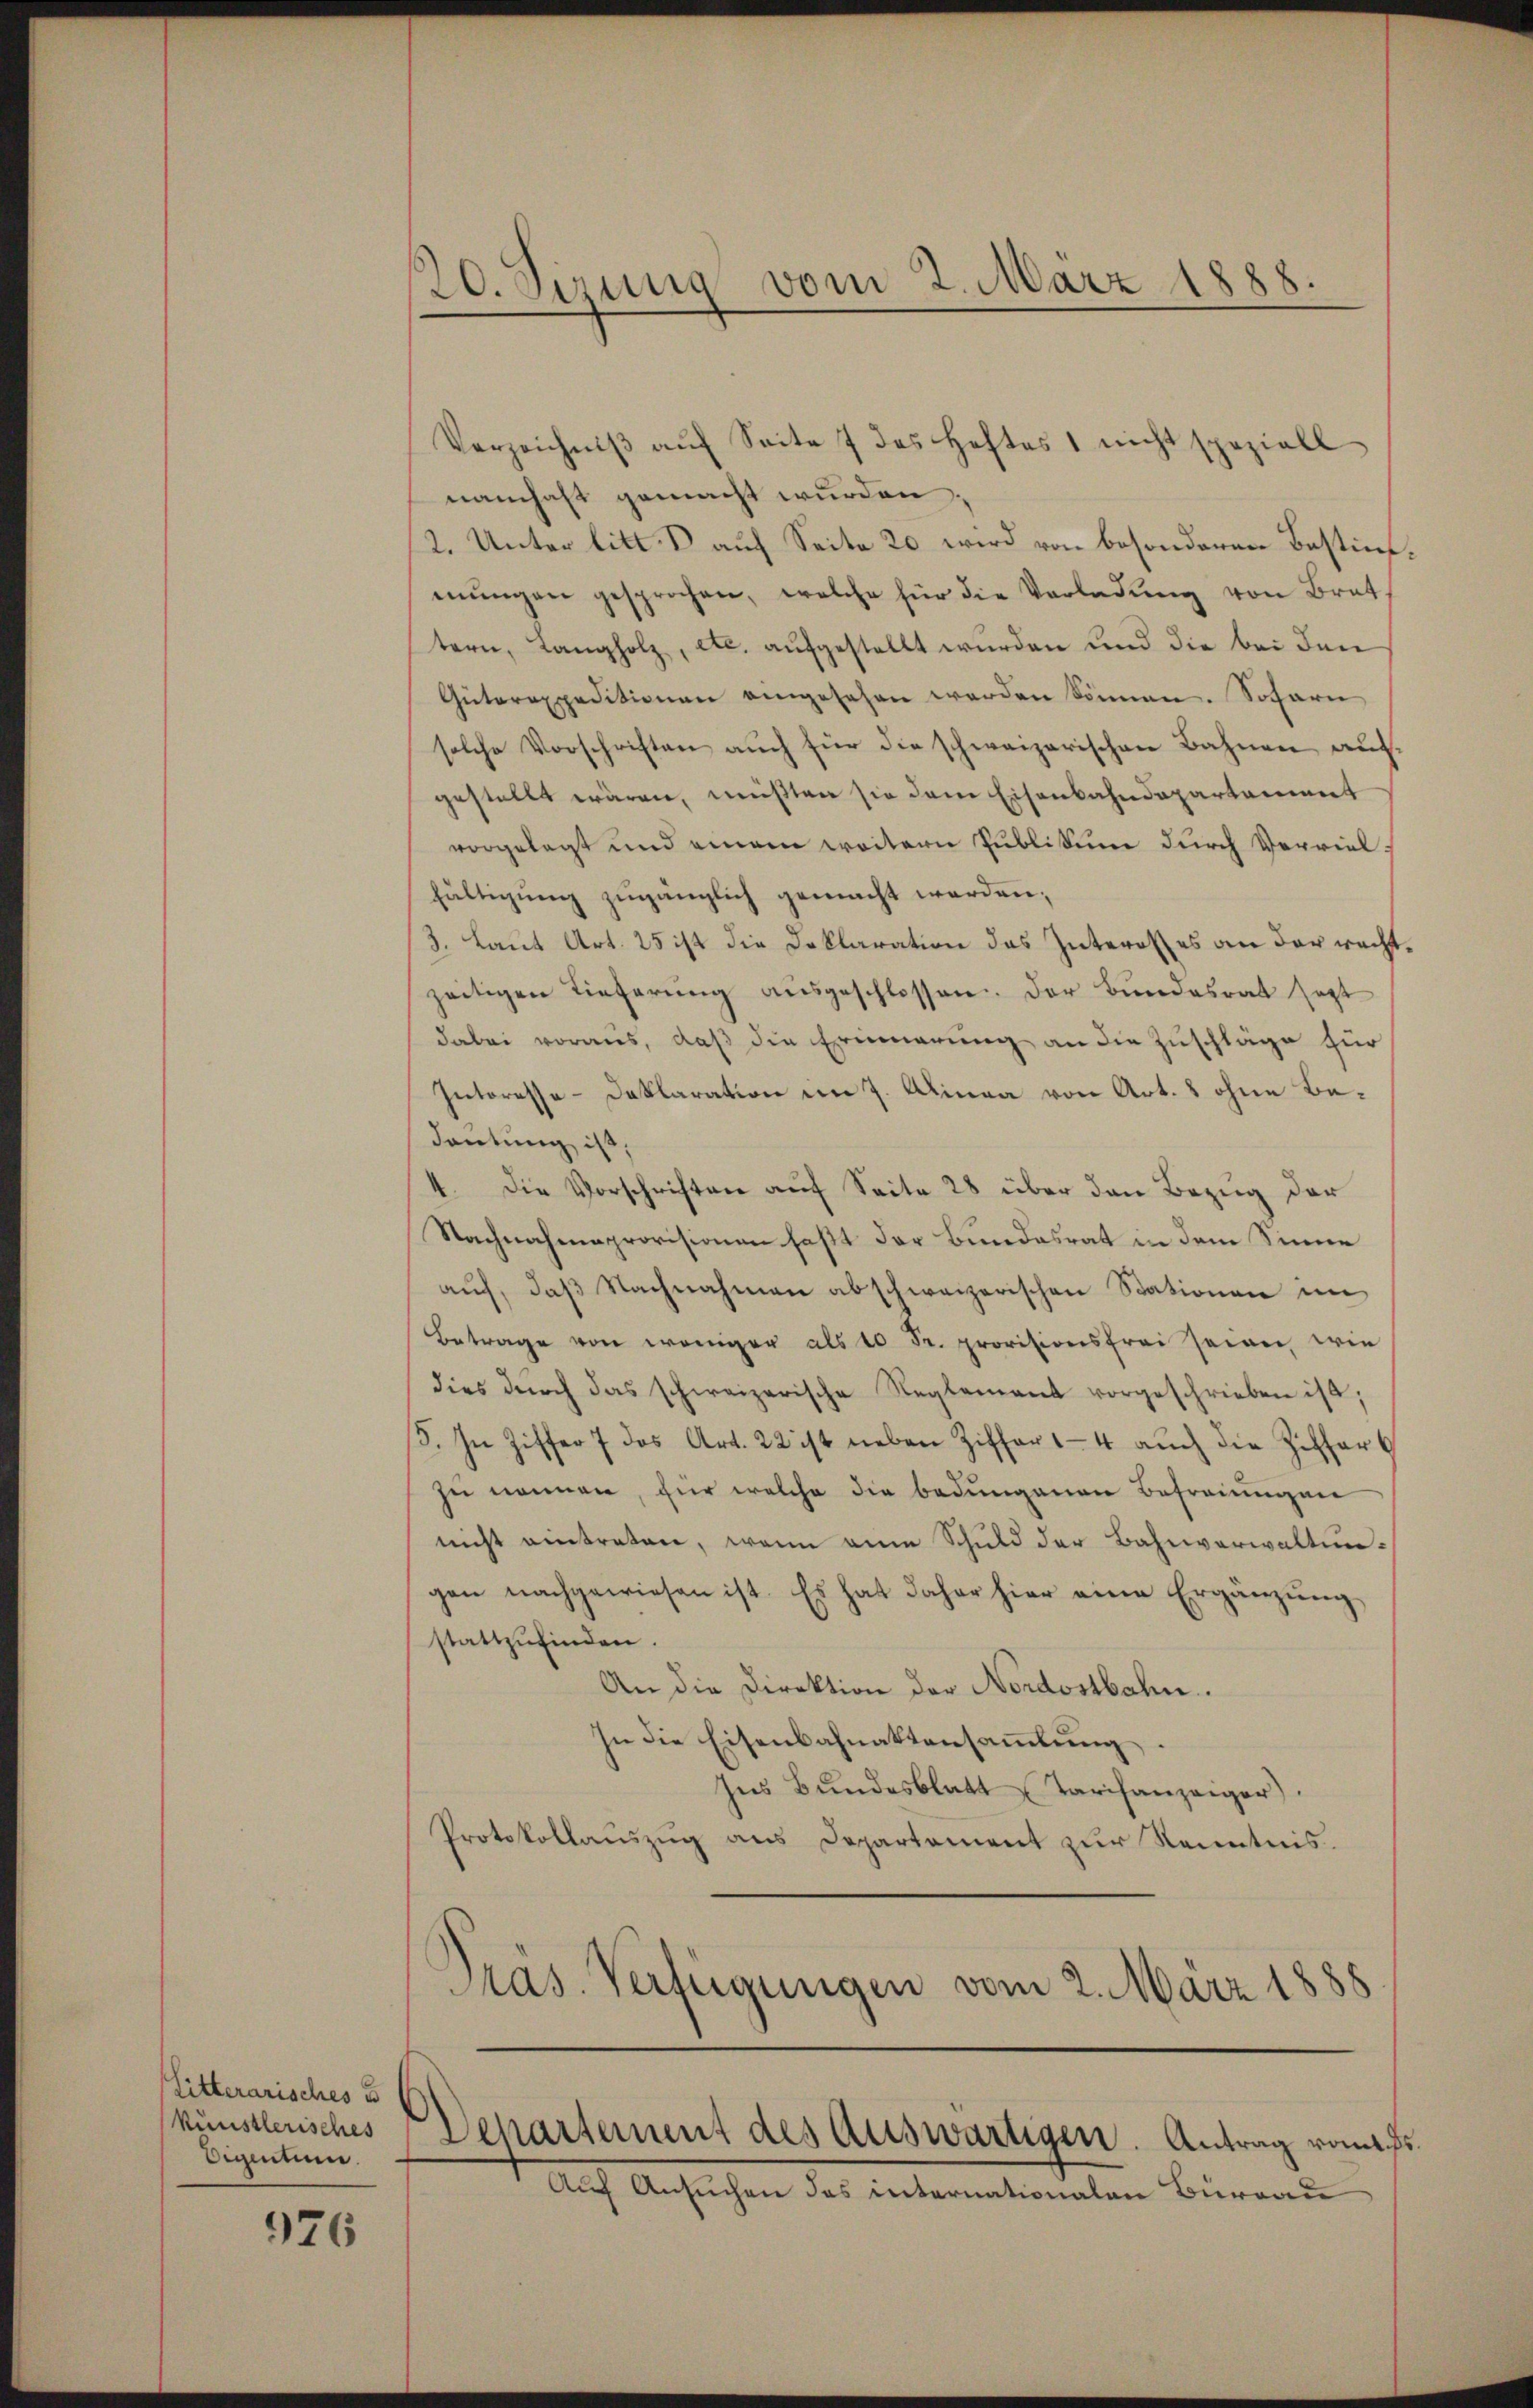
Litterarisches u
künstlerisches
Digentum

976

Verzeichniβ aŭf Seite 7 des Heftes 1 nicht speziell
namhaft gemacht wurden.
2. Unter litt. B auf Seite 20 wird von besonderen Bestim
mŭngen gesprochen, welche für die Verladŭng von Brat
tern, Langholz, etc. aufgestellt wurden und die bei den
Güterexpeditionen eingesehen werden können. Sofarn
solche Vorschriften aŭch für die schweizerischen Bahnen auf-
gestellt wären, müßten sie dem Eisenbahndepartement
vorgelegt und einem weitern Publikum durch Vervielfältigung zugänzlich gemacht werden;
3. Laut Art. 25 ist die Deklaration das Interot es an der recht
zeitigen Lieferŭng aŭsgeschlossen. Der Bundesrat sagt
dabei voraus, daß die Erinnerung an die Zuschläge für
Interesse-Deklaration im 7. Alinea von Art. 8 ohne Bedautung ist,
4. Die Vorschriften auf Seite 28 über den Bezug der
Nachnahmeprovisionen fast der Bundesrat in dem Sinne
aŭf, daβ Nachnahmen abschweizerischen Stationen im
Betrage von weniger als Fr. provisionsfrei seien, wie
dies dŭrch das schweizerische Reglement vorgeschrieben ist;
5. In Ziffer 7 des Art. 22 ist neben Ziffert 4 auch die Ziffers
zu nennen, für welche die bedungenen Befreungen
nicht eintreten, wenn eine Schuld der Bahnverwaltungen nachgewiesen ist. Es hat daher hier eine Ergänzung
stattzŭfinden.
An die Direktion der Nordostbahn.
In die Eisenbahnaktensammlung.
Ins Bundesblatt Tarifanzeiger).
Protokollauszug aus Departement zur Kenntnis.
Pras. Verfügungen vom 2. März 1888

20. Sizung vom 2. März 1888.

Departement des Auswärtigen. Antrag vom 1. ds.
Auf Ansuchen das internationalen Büreau